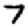
Digit: 7